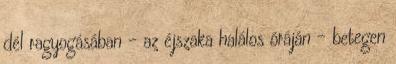
dél ragyogásában - az éjszaka halálos óráján - betegen